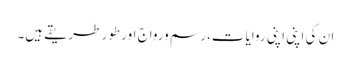
ان کی اپنی اپنی روایات،رسم ورواج اور طور طریقے ہیں۔